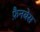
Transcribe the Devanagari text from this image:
फ़ैनबेस